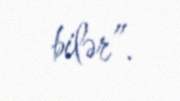
bilər”.